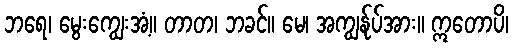
ဘရေ၊ မွေးကျွေးအံ့။ တာတ၊ ဘခင်။ မေ၊ အကျွန်ုပ်အား။ ဣတောပိ၊